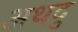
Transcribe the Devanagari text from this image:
अथदु